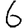
Digit: 6